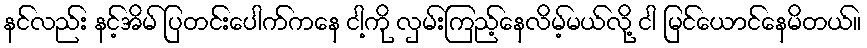
နင်လည်း နင့်အိမ် ပြတင်းပေါက်ကနေ ငါ့ကို လှမ်းကြည့်နေလိမ့်မယ်လို့ ငါ မြင်ယောင်နေမိတယ်။